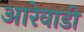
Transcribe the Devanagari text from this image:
आरेवाडी